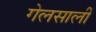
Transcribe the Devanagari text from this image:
गेलसालीं